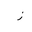
Letter: _zay